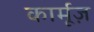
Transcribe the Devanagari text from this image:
कार्मूज़